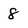
Character: 8